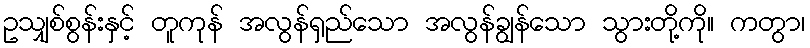
ဥသျှစ်စွန်းနှင့် တူကုန် အလွန်ရှည်သော အလွန်ချွန်သော သွားတို့ကို။ ကတွာ၊